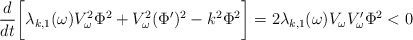
\begin{align*}\frac{d}{dt} \bigg[ \lambda_{k,1}(\omega) V_\omega^2 \Phi^2 + V_\omega^2 (\Phi')^2 - k^2 \Phi^2 \bigg] = 2 \lambda_{k,1}(\omega) V_\omega V_\omega' \Phi^2 < 0\end{align*}